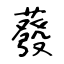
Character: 蕟